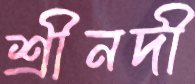
শ্রীনদী